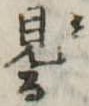
見る